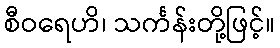
စီဝရေဟိ၊ သင်္ကန်းတို့ဖြင့်။